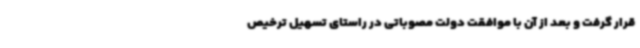
قرار گرفت و بعد از آن با موافقت دولت مصوباتی در راستای تسهیل ترخیص